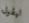
ليقول